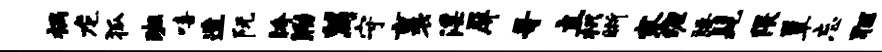
祸龙狐班嘻造阮胯泐舄守裹淫屏哥立枳晰寥缠腰髦隈簟忘狂